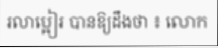
រលាប្អៀរ បានឱ្យដឹងថា ៖ លោក